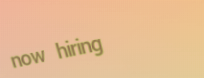
now hiring